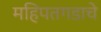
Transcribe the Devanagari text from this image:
महिपतगडाचे